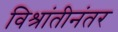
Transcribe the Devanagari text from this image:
विश्रांतीनंतर